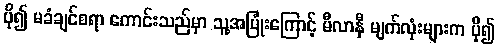
ပို၍ မခံချင်စရာ ကောင်းသည်မှာ သူ့အပြုံးကြောင့် မီလာနီ မျက်လုံးများက ပို၍